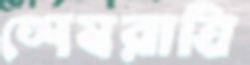
শেষরাত্রি